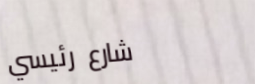
شارع رئيسي